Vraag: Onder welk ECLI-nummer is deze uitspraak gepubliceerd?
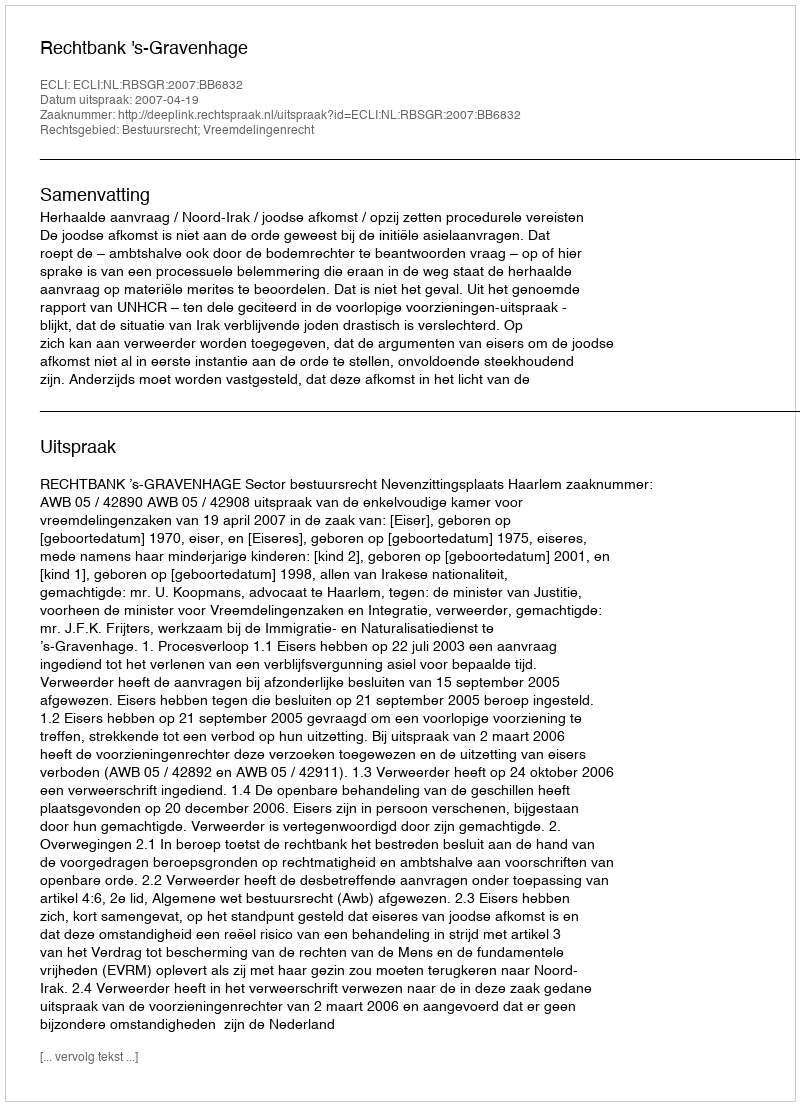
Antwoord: ECLI:NL:RBSGR:2007:BB6832